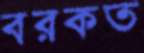
বরকত